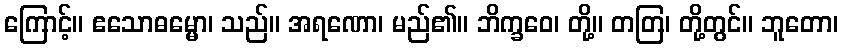
ကြောင့်။ ဧသောဓမ္မော၊ သည်။ အရဏော၊ မည်၏။ ဘိက္ခဝေ၊ တို့။ တတြ၊ တို့တွင်။ ဘူတော၊